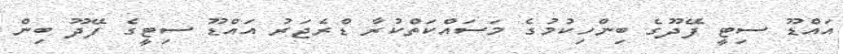
އައްޑޫ ސިޓީ ފޭދޫގެ ބިންހިކުމުގެ މަސައްކަތްކުރާ ޑްރެޖަރު އައްޑޫ ސިޓީގެ ފޭދޫ ބިން